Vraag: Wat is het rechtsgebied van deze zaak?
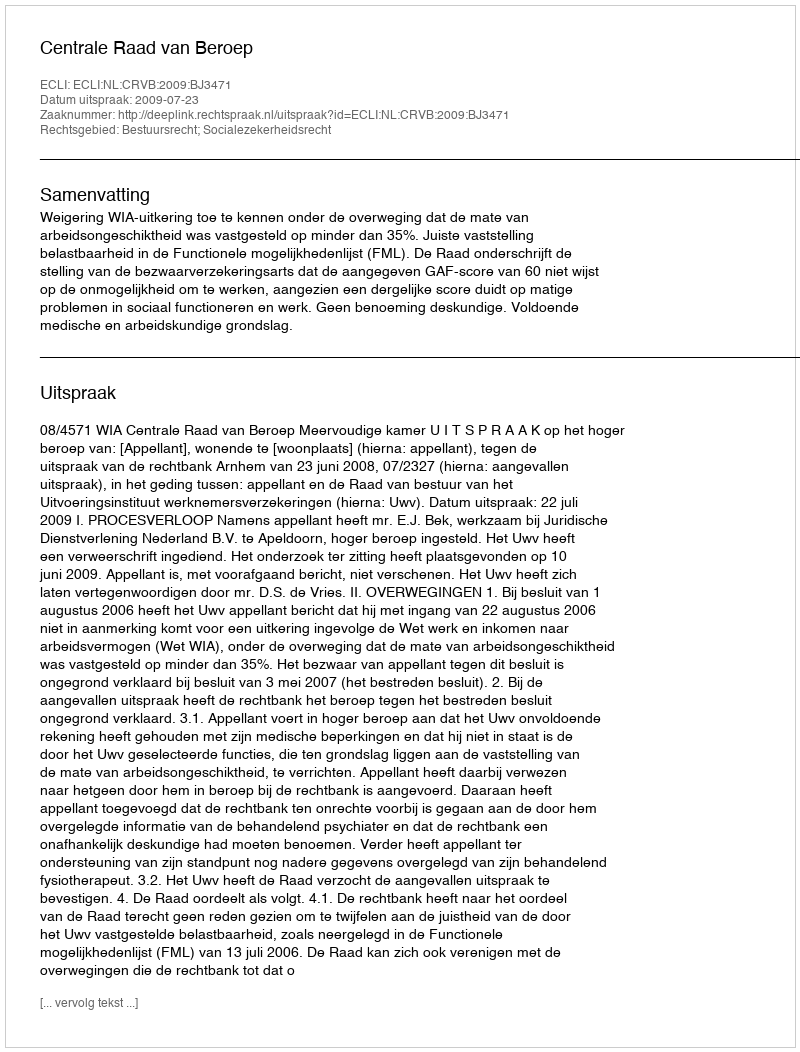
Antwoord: Bestuursrecht; Socialezekerheidsrecht